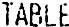
TABLE